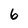
Character: 6